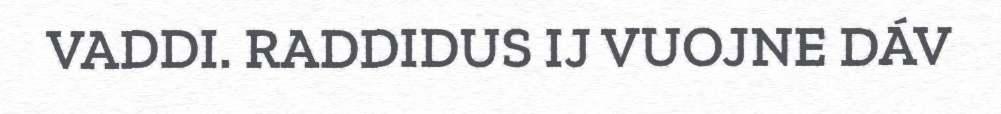
VADDI. RADDIDUS IJ VUOJNE DÁV